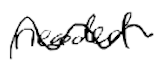
Text: needed
Cross-out: mix
Writing tool: digital_black